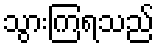
သွားကြရသည်